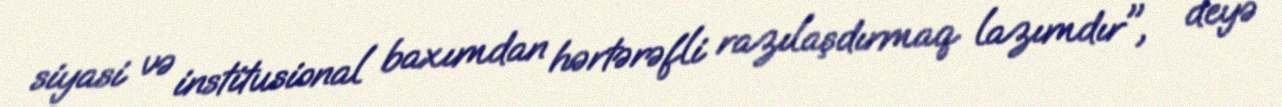
siyasi və institusional baxımdan hərtərəfli razılaşdırmaq lazımdır", - deyə